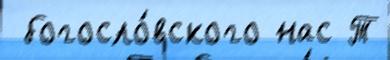
 богосло́вского нас Т